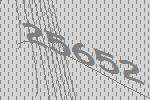
25652